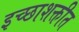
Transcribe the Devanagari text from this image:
इच्छाशक्तीत